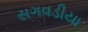
સગવડીયા